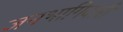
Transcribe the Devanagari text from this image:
जनभागिदारी